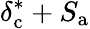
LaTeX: \delta_{\mathrm{c}}^{*}+S_{\mathrm{a}}